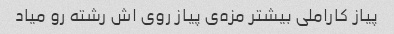
پیاز کاراملی بیشتر مزه‌ی پیاز روی اش رشته رو میاد